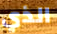
الذي